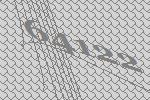
64122